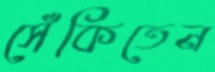
সেঁকিতেন